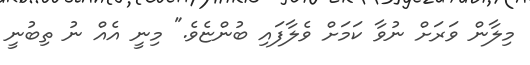
މިލާން ވަރަށް ނުވާ ކަމަށް ވެލާފައި ބުންޏެވެ." މިނީ އެއް ނު ތިބުނީ